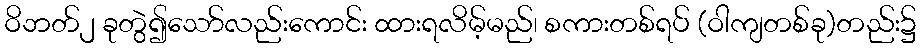
ဝိဘတ်၂ ခုတွဲ၍သော်လည်းကောင်း ထားရလိမ့်မည်၊ စကားတစ်ရပ် (ဝါကျတစ်ခု)တည်း၌